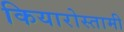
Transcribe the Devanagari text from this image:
कियारोस्तामी